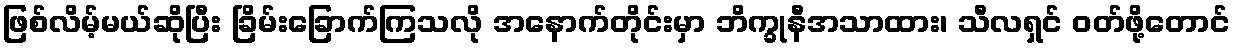
ဖြစ်လိမ့်မယ်ဆိုပြီး ခြိမ်းခြောက်ကြသလို အနောက်တိုင်းမှာ ဘိက္ခုနီအသာထား၊ သီလရှင် ဝတ်ဖို့တောင်